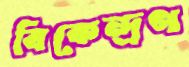
বিকেন্দ্রণ